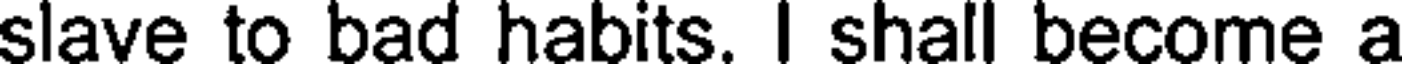
slave to bad habits. I shall become a